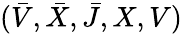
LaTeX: (\bar{V},\bar{X},\bar{J},X,V)